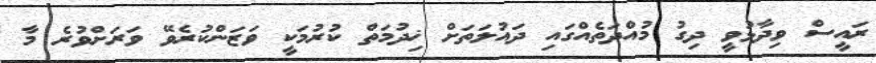
ރައީސް ވިދާޅުވީ ދިގު މުއްދަތެއްގައި ދައުލަތަށް ޚިދުމަތް ކުރުމަކީ ވަޒަންކުރެވޭ ވަރަށްވުރެ މާ